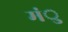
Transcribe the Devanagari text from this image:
मंु